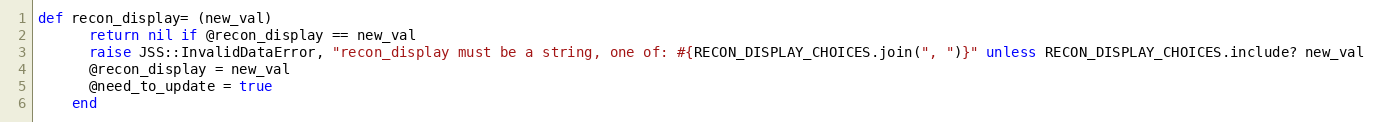
Language: Ruby
def recon_display= (new_val)
      return nil if @recon_display == new_val
      raise JSS::InvalidDataError, "recon_display must be a string, one of: #{RECON_DISPLAY_CHOICES.join(", ")}" unless RECON_DISPLAY_CHOICES.include? new_val
      @recon_display = new_val
      @need_to_update = true
    end